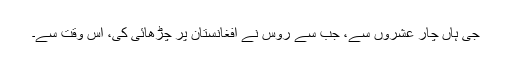
جی ہاں چار عشروں سے، جب سے روس نے افغانستان پر چڑھائی کی، اس وقت سے۔